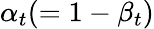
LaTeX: \alpha_{t}(=1-\beta_{t})